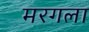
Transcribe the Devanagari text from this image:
मरगला